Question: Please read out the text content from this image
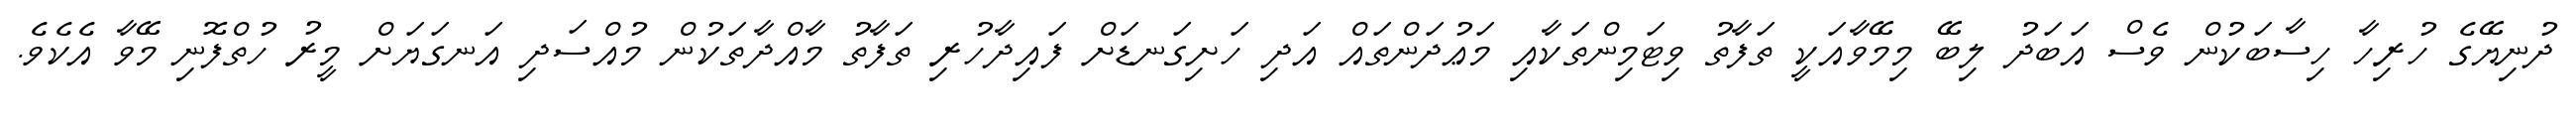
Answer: ދުނިޔޭގެ ހުރިހާ ހިސާބަކުން ވެސް އަބަދު ލިބޭ މިމޭވާއަކީ ތަފާތު ވިޓަމިންތަކާއި މަޢުދަންތައް އަދި ހަށިގަނޑަށް ފައިދާހުރި ތަފާތު މާއްދާތަކުން މުއްސަދި އަނގަޔަށް މީރު ހުތްފޮނި މޭވާ އެކެވެ.